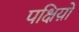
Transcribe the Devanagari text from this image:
पक्षिय़ों